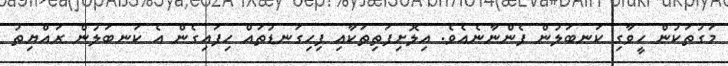
މަގުތަކުން ހީވާގި ކަނބަލުން ފެންނާނެއެވެ. އިލޮށިފަތިތަކާއި ފިހިގަނޑުތައް ހިފައިގެން އެ ކަނބަލުން ރައްޔިތު